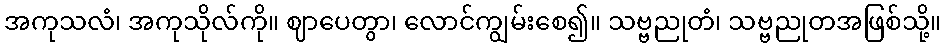
အကုသလံ၊ အကုသိုလ်ကို။ ဈာပေတွာ၊ လောင်ကျွမ်းစေ၍။ သဗ္ဗညုတံ၊ သဗ္ဗညုတအဖြစ်သို့။